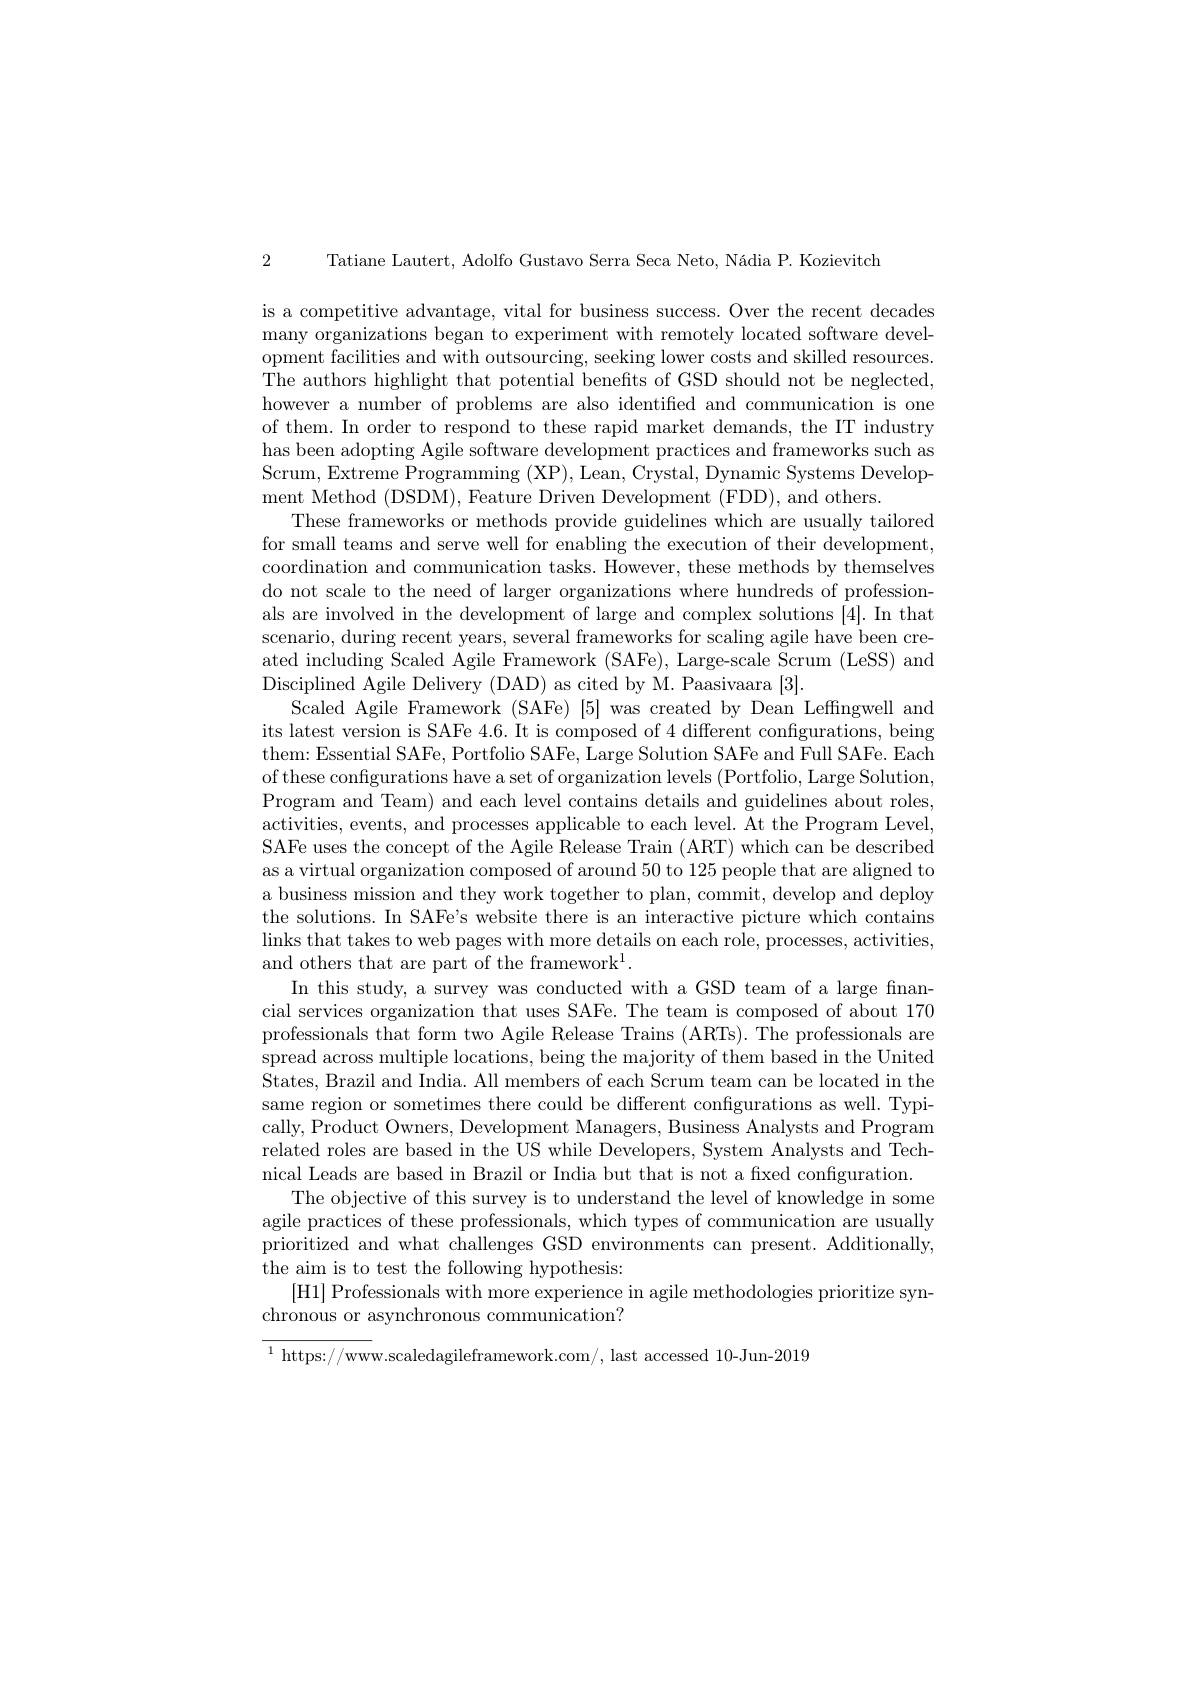
2 Tatiane Lautert, Adolfo Gustavo Serra Seca Neto, Nádia P. Kozievitch

is a competitive advantage, vital for business success. Over the recent decades many organizations began to experiment with remotely located software development facilities and with outsourcing, seeking lower costs and skilled resources. The authors highlight that potential benefits of GSD should not be neglected, however a number of problems are also identified and communication is one of them. In order to respond to these rapid market demands, the IT industry has been adopting Agile software development practices and frameworks such as Scrum, Extreme Programming (XP), Lean, Crystal, Dynamic Systems Development Method (DSDM), Feature Driven Development (FDD), and others.
These frameworks or methods provide guidelines which are usually tailored for small teams and serve well for enabling the execution of their development, coordination and communication tasks. However, these methods by themselves do not scale to the need of larger organizations where hundreds of professionals are involved in the development of large and complex solutions [4]. In that scenario, during recent years, several frameworks for scaling agile have been created including Scaled Agile Framework (SAFe), Large-scale Scrum (LeSS) and Disciplined Agile Delivery (DAD) as cited by M. Paasivaara [3].
Scaled Agile Framework (SAFe) [5] was created by Dean Leffngwell and its latest version is SAFe 4.6. It is composed of 4 different confgurations, being them: Essential SAFe, Portfolio SAFe, Large Solution SAFe and Full SAFe. Each of these configurations have a set of organization levels (Portfolio, Large Solution, Program and Team) and each level contains details and guidelines about roles, activities, events, and processes applicable to each level. At the Program Level, SAFe uses the concept of the Agile Release Train (ART) which can be described as a virtual organization composed of around 50 to 125 people that are aligned to a business mission and they work together to plan, commit, develop and deploy the solutions. In SAFe's website there is an interactive picture which contains $\operatorname*{links~that~takes~to~web~pages~with~more~details~on~each~role,~processes,~activities,}$ and others that are part of the framework$^1.$
In this study, a survey was conducted with a GSD team of a large financial services organization that uses SAFe. The team is composed of about 170 professionals that form two Agile Release Trains (ARTs). The professionals are spread across multiple locations, being the majority of them based in the United States, Brazil and India. All members of each Scrum team can be located in the same region or sometimes there could be different configurations as well. Typically, Product Owners, Development Managers, Business Analysts and Program related roles are based in the US while Developers, System Analysts and Technical Leads are based in Brazil or India but that is not a fixed configuration.
The objective of this survey is to understand the level of knowledge in some agile practices of these professionals, which types of communication are usually prioritized and what challenges GSD environments can present. Additionally, the aim is to test the following hypothesis:
[H1] Professionals with more experience in agile methodologies prioritize syn-
chronous or asynchronous communication?
$^{1}$ https: / / www. scaledagileframework. com/ ,  last accessed 10- Jun- 2019